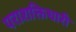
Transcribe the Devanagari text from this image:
पराशक्तिधारी